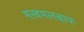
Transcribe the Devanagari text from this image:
मखमलबाफ